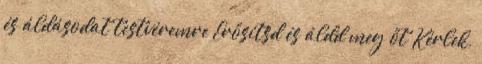
és áldásodat testvéremre Erősítsd és áldd meg őt Kérlek,